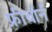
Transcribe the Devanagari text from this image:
फ्रीबॉर्न